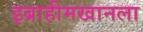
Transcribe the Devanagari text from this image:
इब्राहीमखानला